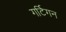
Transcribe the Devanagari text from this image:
गर्टिगन